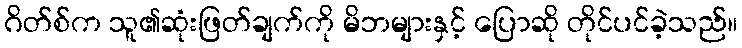
ဂိတ်စ်က သူ၏ဆုံးဖြတ်ချက်ကို မိဘများနှင့် ပြောဆို တိုင်ပင်ခဲ့သည်။